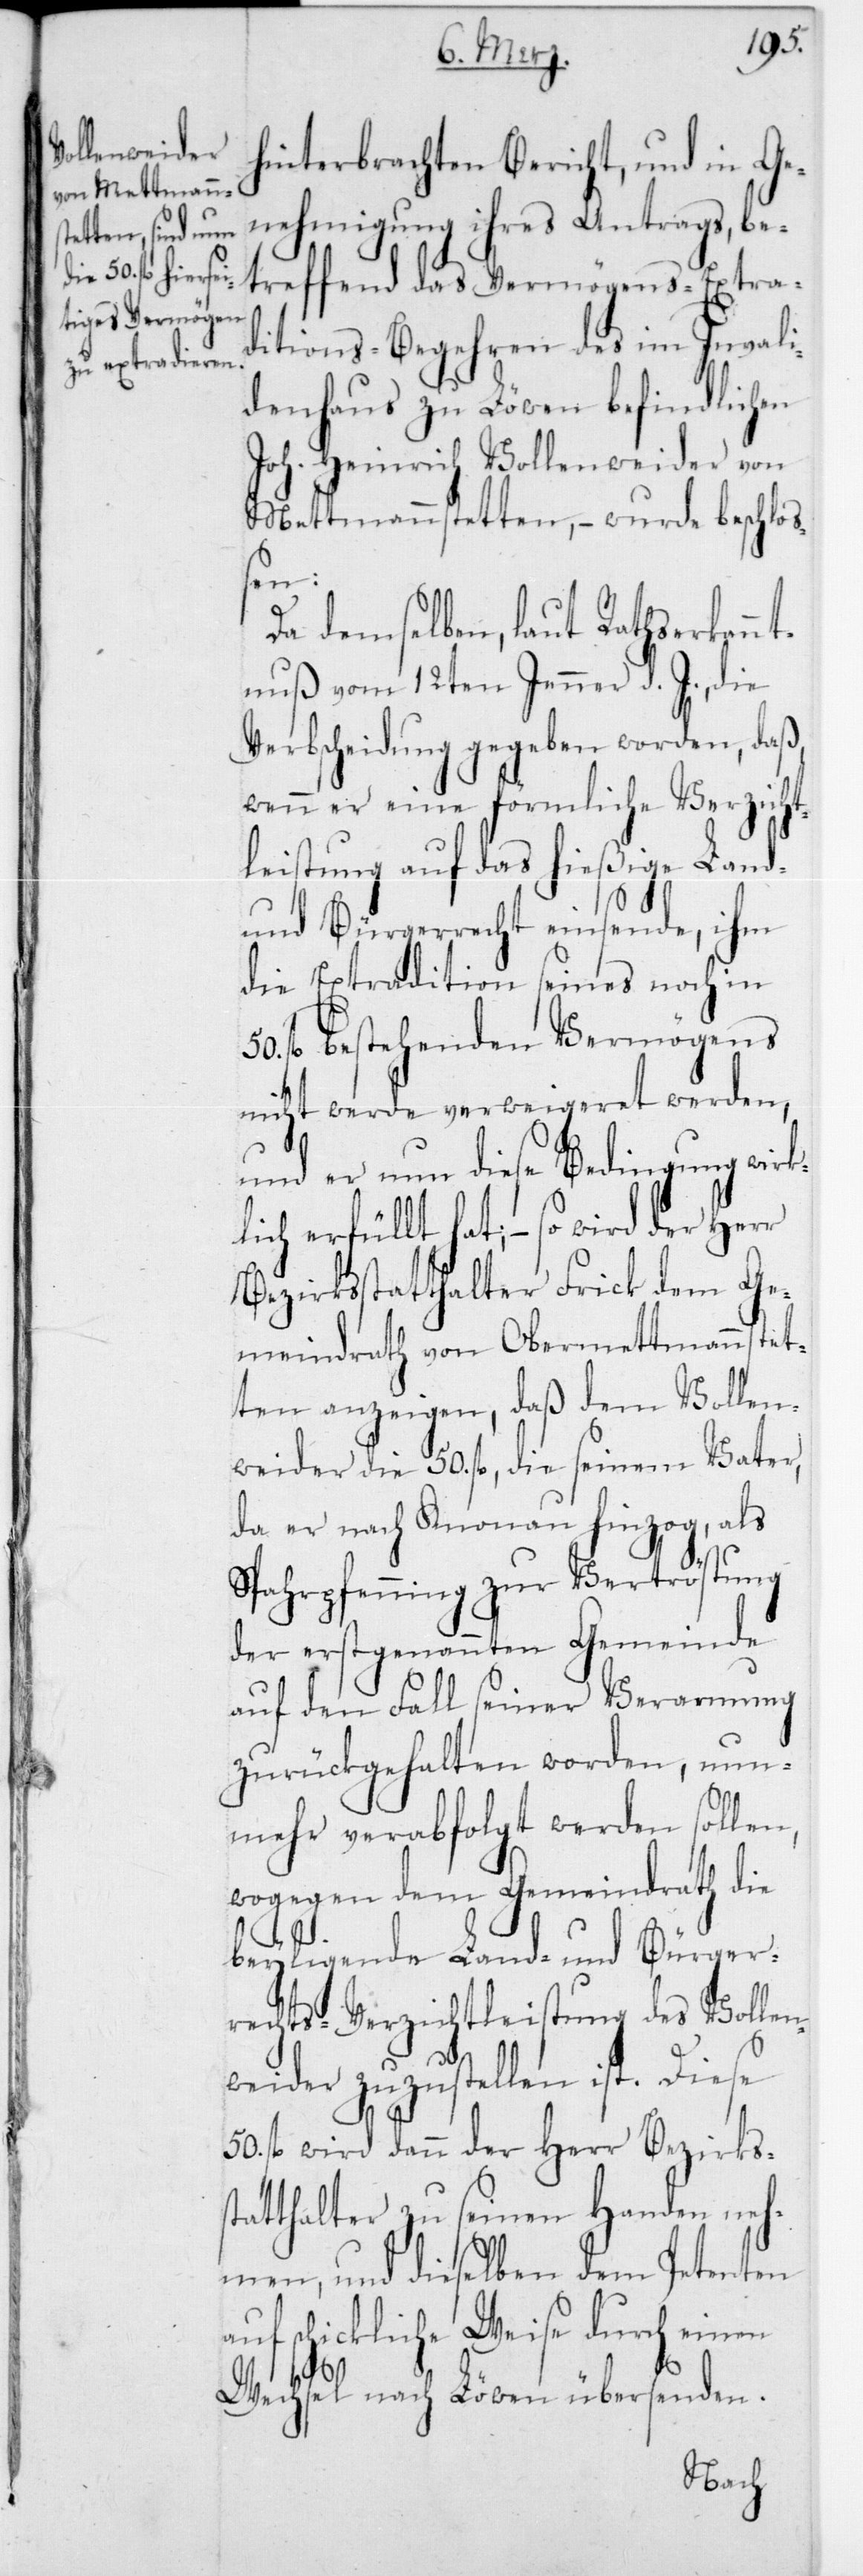
terbrachten Bericht, und in Ge¬
nehmigung ihres Antrags, be¬
treffend das Vermögens-Extra¬
ditions-Begehren des im Invali¬
denhaus zu Löwen befindlichen
Joh. Heinrich Vollenweider von
Mettmennstetten, – wurde beschloß¬
en:
Da demselben laut Rathserkannt¬
nuß vom 12ten Jenner d. J., die
Verbscheidung gegeben worden, daß
wenn er eine förmliche Verzicht¬
leistung auf das hießige Land-
und Bürgerrecht einsende, ihm
die Extradition seines noch in
50 fl. bestehenden Vermögens
nicht werde verweigeret werden,
und er nun diese Bedingung wirk¬
lich erfüllt hat; – so wird der
Bezirksstatthalter Frick dem Ge¬
meindrath von Obermettmenstet¬
ten anzeigen, daß dem Vollen¬
weider die 50 fl., die seinem Vater,
da er nach Knonau hinzog, als
Spahrpfenning zur Vertröstung
der erstgenannten Gemeinde
auf den Fall seiner Verarmung
zurückgehalten worden, nun¬
mehr verabfolgt werden sollen,
wogegen dem Gemeindrath die
beyliegende Land- und Bürger¬
rechts-Verzichtleistung des Volle¬
nweider zuzustellen ist. Diese
50 fl. wird dann der Herr Bezirkss¬
tatthalter zu seinen Handen neh¬
men, und dieselben dem Petenten
auf schickliche Weise durch einen
Wechsel nach Löwen übersenden.